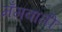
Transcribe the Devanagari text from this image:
मँगवाती